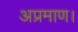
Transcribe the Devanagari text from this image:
अप्रमाण।